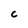
Character: C